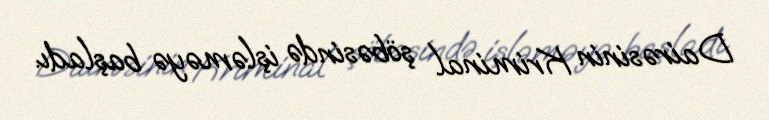
Dairəsinin Kriminal şöbəsində işləməyə başladı.